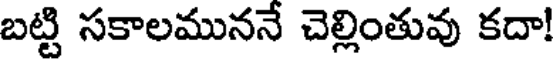
బట్టి సకాలముననే చెల్లింతువు కదా!